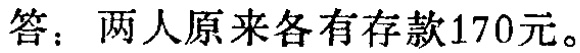
答：两人原来各有存款170元。